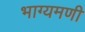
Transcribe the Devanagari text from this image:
भाग्यमणी